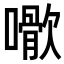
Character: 𡁌